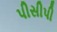
પીસીપી